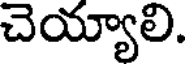
చెయ్యాలి.